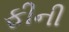
ફીની